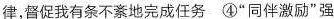
律，督促我有条不紊地完成任务④”同伴激励”强